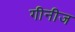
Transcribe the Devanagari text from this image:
गीनीज